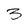
Character: 3